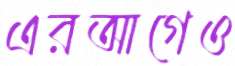
এরআগেও